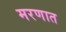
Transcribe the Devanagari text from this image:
मरणात